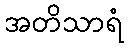
အတိသာရံ